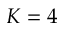
K = 4